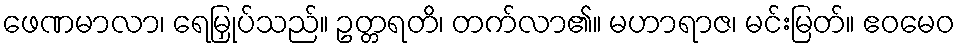
ဖေဏမာလာ၊ ရေမြှုပ်သည်။ ဥတ္တရတိ၊ တက်လာ၏။ မဟာရာဇ၊ မင်းမြတ်။ ဧဝမေဝ